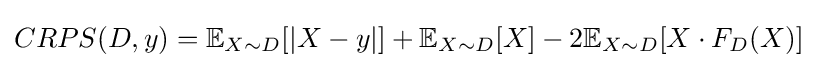
CRPS(D,y)=\mathbb {E} _{X\sim D}[|X-y|]+\mathbb {E} _{X\sim D}[X]-2\mathbb {E} _{X\sim D}[X\cdot F_{D}(X)]